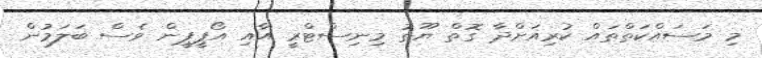
މި މަސައްކަތްތައް ކުރިއަށްދާ ގޮތް ޔޫތު މިނިސްޓްރީ އާއި އޯޕީޕީން ވެސް ބަލަމުން